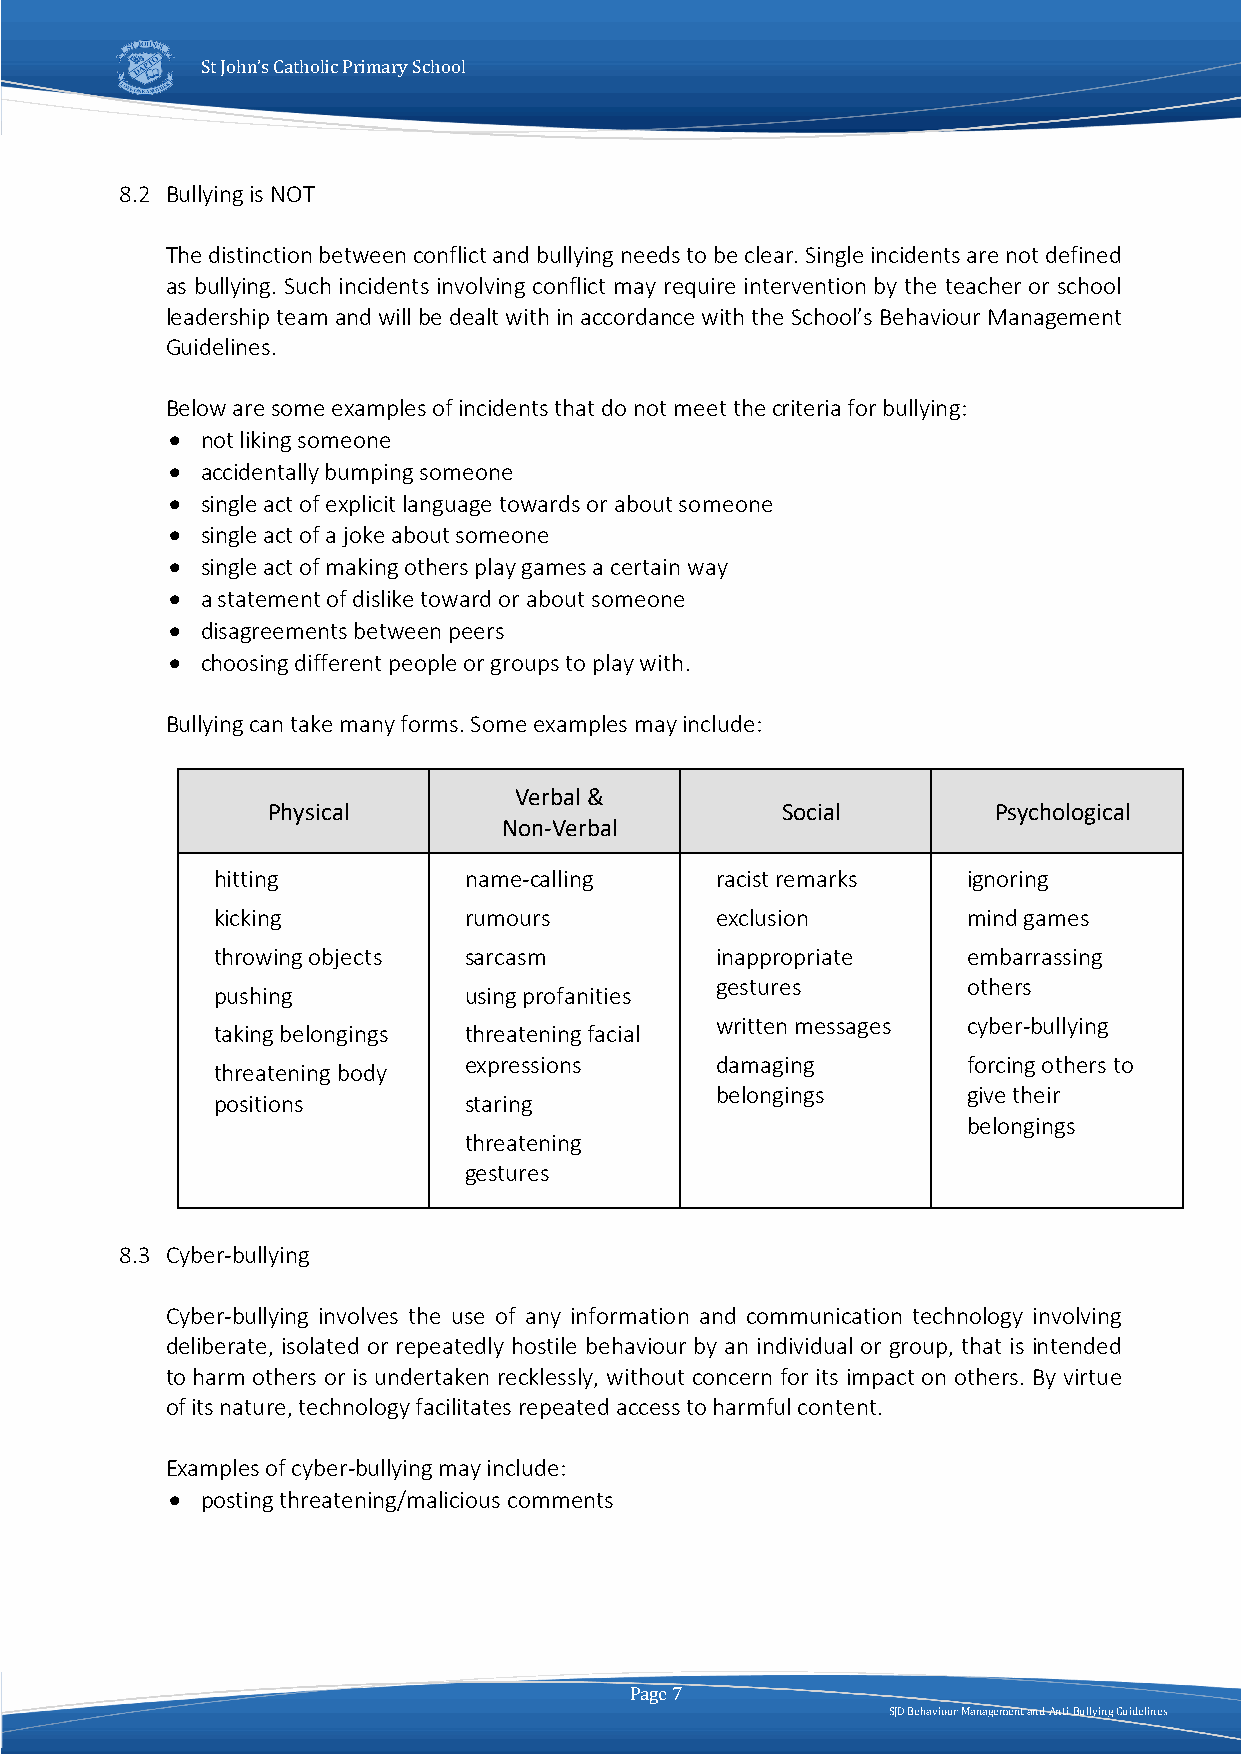
St John’s Catholic Primary School
 8.2 Bullying is NOT
 The distinction between conflict and bullying needs to be clear. Single incidents are not defined
 as bullying. Such incidents involving conflict may require intervention by the teacher or school
 leadership team and will be dealt with in accordance with the School’s Behaviour Management
 Guidelines.
 Below are some examples of incidents that do not meet the criteria for bullying:
 • not liking someone
 • accidentally bumping someone
 • single act of explicit language towards or about someone
 • single act of a joke about someone
 • single act of making others play games a certain way
 • a statement of dislike toward or about someone
 • disagreements between peers
 • choosing different people or groups to play with.
 Bullying can take many forms. Some examples may include:
 Verbal &
 Physical                          Social        Psychological
 Non-Verbal
 hitting          name-calling    racist remarks   ignoring
 kicking          rumours         exclusion        mind games
 throwing objects sarcasm         inappropriate    embarrassing
 gestures         others
 pushing          using profanities
 written messages cyber-bullying
 taking belongings threatening facial
 expressions     damaging         forcing others to
 threatening body
 belongings       give their
 positions        staring
 belongings
 threatening
 gestures
 8.3 Cyber-bullying
 Cyber-bullying involves the use of any information and communication technology involving
 deliberate, isolated or repeatedly hostile behaviour by an individual or group, that is intended
 to harm others or is undertaken recklessly, without concern for its impact on others. By virtue
 of its nature, technology facilitates repeated access to harmful content.
 Examples of cyber-bullying may include:
 • posting threatening/malicious comments
 Page 7
 SJD Behaviour Management and Anti-Bullying Guidelines